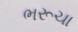
ભરૂચા